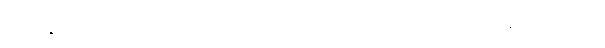
မဝင်နိုင်ဘူး၊ သတ်ချင်တဲ့ စိတ်ဆိုတာကတော့ ဝေးရော၊ အဲဒီအခါကျတော့